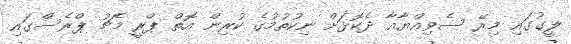
ލީގުގައި މިރޭ ސެވިއްޔާއާ ދެކޮޅަށް ނިކުތުމުގެ ކުރިން އޮތް ޕްރީ މެޗު ޕްރެސްގައި